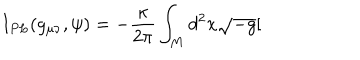
LaTeX: I _ { P L } ( g _ { \mu \nu } , \psi ) = - \frac { \kappa } { 2 \pi } \int _ { M } d ^ { 2 } x \sqrt { - g } [